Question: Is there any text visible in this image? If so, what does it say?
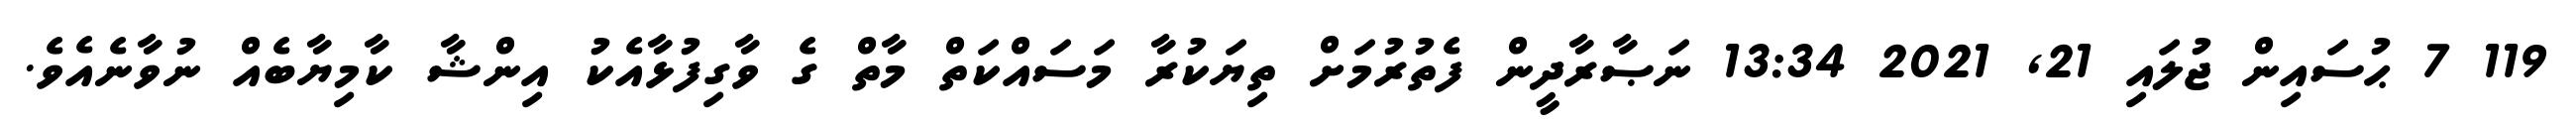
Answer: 119 7 ޙުސައިން ޖުލައި 21, 2021 13:34 ނަޞާރާދީން ފެތުރުމަށް ތިޔަކުރާ މަސައްކަތް މާތް ގެ ވާގިފުޅާއެކު އިންޝާ ކާމިޔާބެއް ނުވާނެއެވެ.